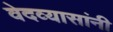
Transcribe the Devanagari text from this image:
वेदव्यासांनी